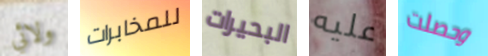
ولائي للمخابرات البحيرات عليه وحصلت